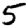
Digit: 5